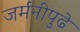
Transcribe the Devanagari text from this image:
जर्मनीपुढे